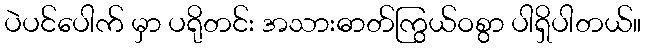
ပဲပင်ပေါက် မှာ ပရိုတင်း အသားဓာတ်ကြွယ်ဝစွာ ပါရှိပါတယ်။